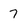
Character: 7